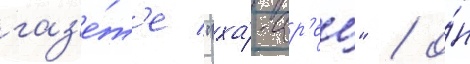
газ'е́т'е "ха́-ар'ец" / о́н